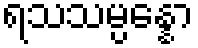
ရသသမ္ပန္နော